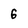
Character: 6